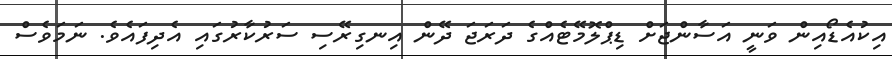
އިކުއެޑޯއިން ވަނީ އަސާންޖަށް ޑިޕްލޮމޭޓެއްގެ ދަރަޖަ ދޭން އިނގިރޭސި ސަރުކާރުގައި އެދިފައެވެ. ނަމަވެސް